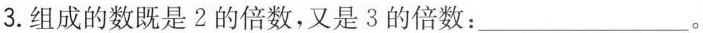
3.组成的数既是2的倍数，又是3的倍数：___。